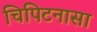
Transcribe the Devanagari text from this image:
चिपिटनासा